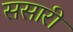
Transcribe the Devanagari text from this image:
ससारी